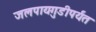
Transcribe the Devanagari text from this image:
जलपायगुडीपर्यंत